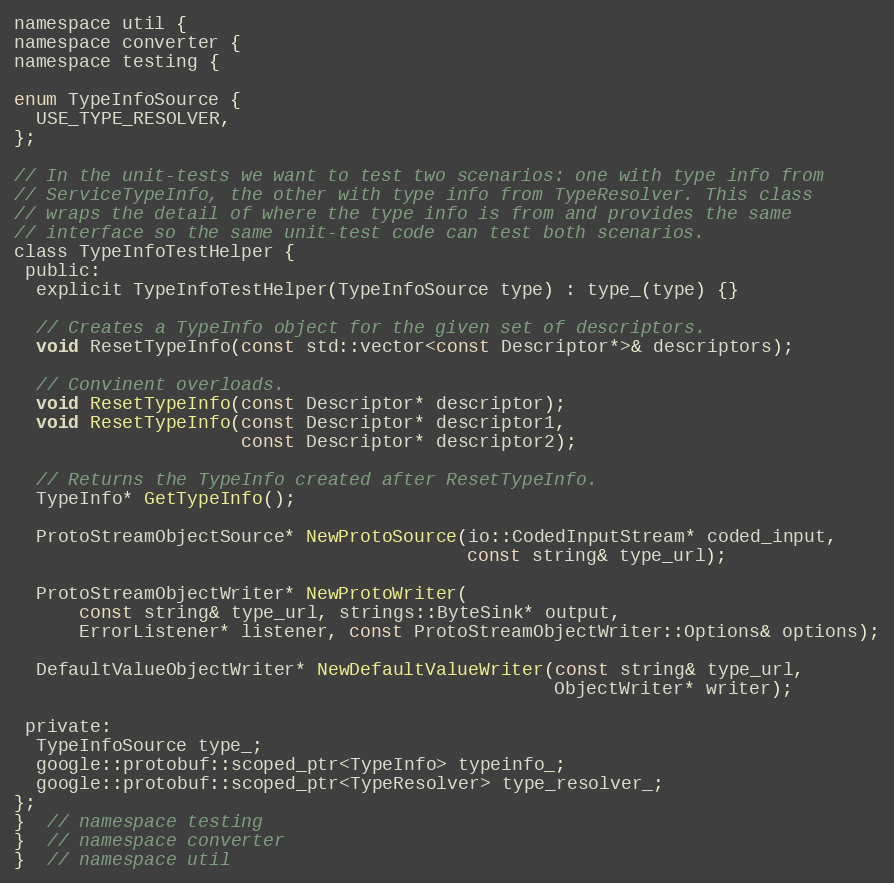
Language: C
namespace util {
namespace converter {
namespace testing {

enum TypeInfoSource {
  USE_TYPE_RESOLVER,
};

// In the unit-tests we want to test two scenarios: one with type info from
// ServiceTypeInfo, the other with type info from TypeResolver. This class
// wraps the detail of where the type info is from and provides the same
// interface so the same unit-test code can test both scenarios.
class TypeInfoTestHelper {
 public:
  explicit TypeInfoTestHelper(TypeInfoSource type) : type_(type) {}

  // Creates a TypeInfo object for the given set of descriptors.
  void ResetTypeInfo(const std::vector<const Descriptor*>& descriptors);

  // Convinent overloads.
  void ResetTypeInfo(const Descriptor* descriptor);
  void ResetTypeInfo(const Descriptor* descriptor1,
                     const Descriptor* descriptor2);

  // Returns the TypeInfo created after ResetTypeInfo.
  TypeInfo* GetTypeInfo();

  ProtoStreamObjectSource* NewProtoSource(io::CodedInputStream* coded_input,
                                          const string& type_url);

  ProtoStreamObjectWriter* NewProtoWriter(
      const string& type_url, strings::ByteSink* output,
      ErrorListener* listener, const ProtoStreamObjectWriter::Options& options);

  DefaultValueObjectWriter* NewDefaultValueWriter(const string& type_url,
                                                  ObjectWriter* writer);

 private:
  TypeInfoSource type_;
  google::protobuf::scoped_ptr<TypeInfo> typeinfo_;
  google::protobuf::scoped_ptr<TypeResolver> type_resolver_;
};
}  // namespace testing
}  // namespace converter
}  // namespace util